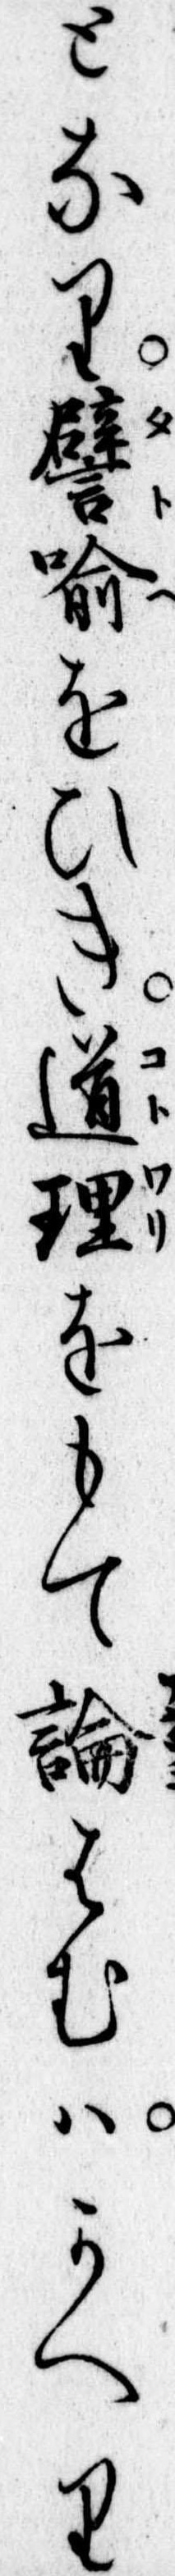
となり譬喻をひき道理をもて論はむはかへり